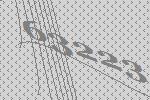
63223